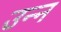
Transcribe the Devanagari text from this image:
उन्न